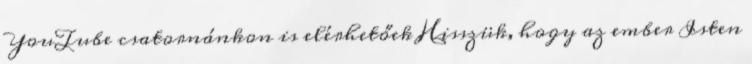
YouTube csatornánkon is elérhetőek Hisszük, hogy az ember Isten